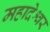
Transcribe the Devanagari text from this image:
महादेश्वर